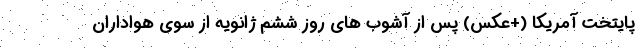
پایتخت آمریکا (+عکس) پس از آشوب های روز ششم ژانویه از سوی هواداران